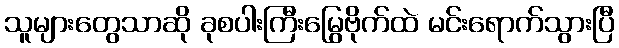
သူများတွေသာဆို ခုစပါးကြီးမြွေဗိုက်ထဲ မင်းရောက်သွားပြီ